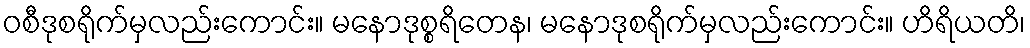
ဝစီဒုစရိုက်မှလည်းကောင်း။ မနောဒုစ္စရိတေန၊ မနောဒုစရိုက်မှလည်းကောင်း။ ဟိရိယတိ၊